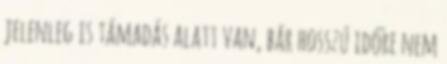
jelenleg is támadás alatt van, bár hosszú időre nem